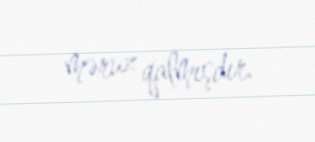
məruz qalmışdır.